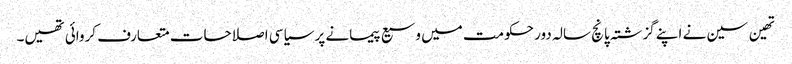
تھین سین نے اپنے گزشتہ پانچ سالہ دور حکومت میں وسیع پیمانے پر سیاسی اصلاحات متعارف کروائی تھیں۔